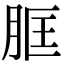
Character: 𦚞